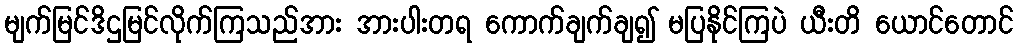
မျက်မြင်ဒိဌမြင်လိုက်ကြသည်အား အားပါးတရ ကောက်ချက်ချ၍ မပြနိုင်ကြပဲ ယီးတိ ယောင်တောင်